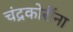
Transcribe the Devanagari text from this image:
चंद्रकोरींना